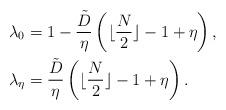
LaTeX: \begin{align*} \lambda_0&=1-\frac{\tilde{D}}{\eta}\left(\lfloor\frac{N}{2}\rfloor-1+\eta\right),\\ \lambda_\eta&=\frac{\tilde{D}}{\eta}\left(\lfloor\frac{N}{2}\rfloor-1+\eta\right). \end{align*}